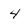
Character: 4